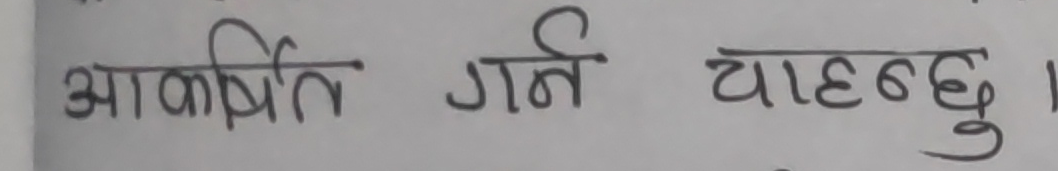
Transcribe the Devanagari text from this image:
आकर्षित गर्न चाहन्छु ।